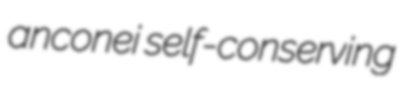
anconei self-conserving